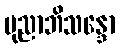
ပုညာဘိသန္ဒော